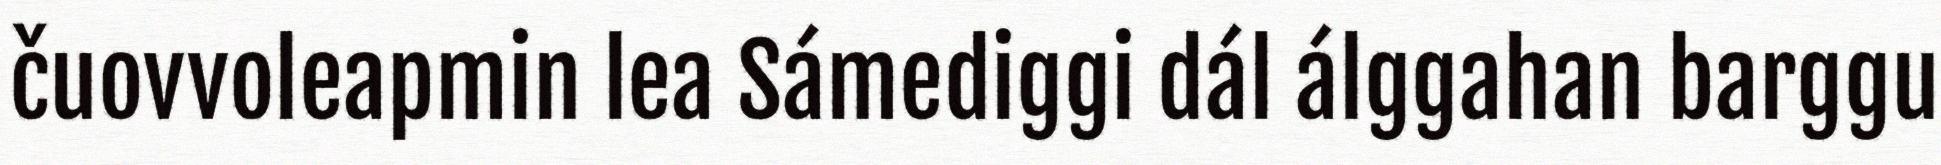
čuovvoleapmin lea Sámediggi dál álggahan barggu